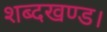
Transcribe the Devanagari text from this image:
शब्दखण्ड।